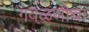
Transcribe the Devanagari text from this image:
गवळणीचा